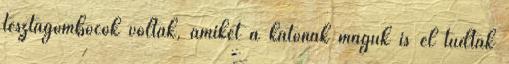
tésztagombócok voltak, amiket a katonák maguk is el tudtak